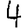
Digit: 4